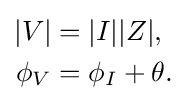
{\begin{aligned}|V|&=|I||Z|,\\\phi _{V}&=\phi _{I}+\theta .\end{aligned}}